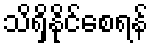
သိရှိနိုင်စေရန်